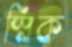
স্লিক